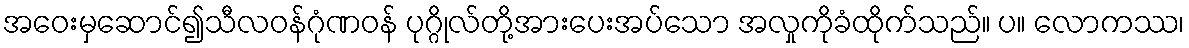
အဝေးမှဆောင်၍သီလဝန်ဂုံဏဝန် ပုဂ္ဂိုလ်တို့အားပေးအပ်သော အလှုကိုခံထိုက်သည်။ ပ။ လောကဿ၊